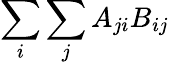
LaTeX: \sum_{i}\sum_{j}A_{ji}B_{ij}